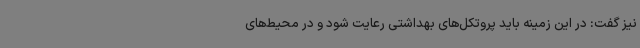
نیز گفت: در این زمینه باید پروتکل‌های بهداشتی رعایت شود و در محیط‌های